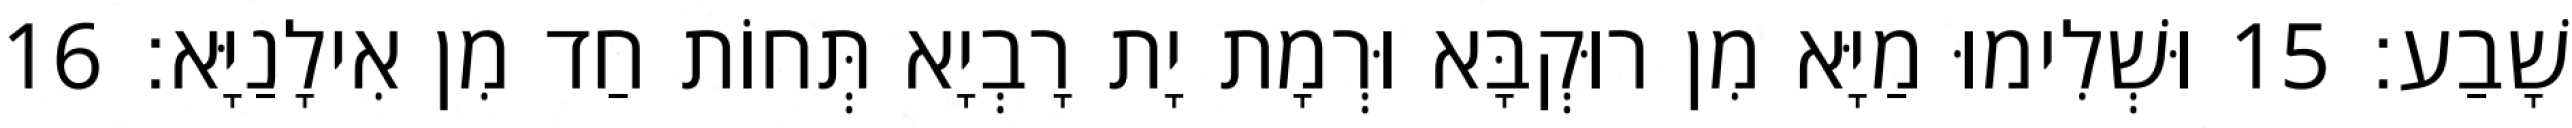
שָׁבַע׃ 15 וּשְׁלִימוּ מַיָּא מִן רוּקְבָּא וּרְמָת יָת רָבְיָא תְּחוֹת חַד מִן אִילָנַיָּא׃ 16